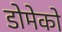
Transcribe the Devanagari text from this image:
डोमेको